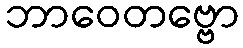
ဘာဝေတဗ္ဗော